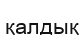
қалдық